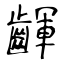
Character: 齳